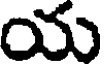
య